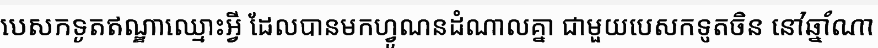
បេសកទូតឥណ្ឌាឈ្មោះអ្វី ដែលបានមកហ្វូណនដំណាលគ្នា ជាមួយបេសកទូតចិន នៅឆ្នាំណា